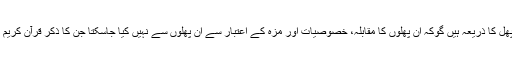
بیری کی یہ تینوں ذاتیں خار دار ہو تی ہیں اور کھانے والے پھل کا ذریعہ ہیں گوکہ ان پھلوں کا مقابلہ، خصوصیات اور مزہ کے اعتبار سے ان پھلوں سے نہیں کیا جاسکتا جن کا ذکر قرآن کریم میں اللہ کی جانب سے دی گئی نعمتوں کے طور پر ہوا ہے ۔